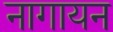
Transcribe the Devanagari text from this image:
नागायन